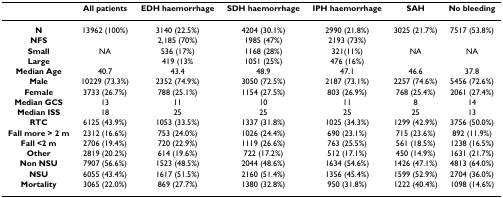
<table><thead><tr><td></td><td><b>All patients</b></td><td><b>EDH haemorrhage</b></td><td><b>SDH haemorrhage</b></td><td><b>IPH haemorrhage</b></td><td><b>SAH</b></td><td><b>No bleeding</b></td></tr></thead><tbody><tr><td><b>N</b></td><td>13962 (100%)</td><td>3140 (22.5%)</td><td>4204 (30.1%)</td><td>2990 (21.8%)</td><td>3025 (21.7%)</td><td>7517 (53.8%)</td></tr><tr><td><b>NFS</b></td><td></td><td>2,185 (70%)</td><td>1985 (47%)</td><td>2193 (73%)</td><td></td><td></td></tr><tr><td><b>Small</b></td><td>NA</td><td>536 (17%)</td><td>1168 (28%)</td><td>321(11%)</td><td>NA</td><td>NA</td></tr><tr><td><b>Large</b></td><td></td><td>419 (13%</td><td>1051 (25%)</td><td>476 (16%)</td><td></td><td></td></tr><tr><td><b>Median Age</b></td><td>40.7</td><td>43.4</td><td>48.9</td><td>47.1</td><td>46.6</td><td>37.8</td></tr><tr><td><b>Male</b></td><td>10229 (73.3%)</td><td>2352 (74.9%)</td><td>3050 (72.5%)</td><td>2187 (73.1%)</td><td>2257 (74.6%)</td><td>5456 (72.6%)</td></tr><tr><td><b>Female</b></td><td>3733 (26.7%)</td><td>788 (25.1%)</td><td>1154 (27.5%)</td><td>803 (26.9%)</td><td>768 (25.4%)</td><td>2061 (27.4%)</td></tr><tr><td><b>Median GCS</b></td><td>13</td><td>11</td><td>10</td><td>11</td><td>8</td><td>14</td></tr><tr><td><b>Median ISS</b></td><td>18</td><td>25</td><td>25</td><td>25</td><td>25</td><td>13</td></tr><tr><td><b>RTC</b></td><td>6125 (43.9%)</td><td>1053 (33.5%)</td><td>1337 (31.8%)</td><td>1025 (34.3%)</td><td>1299 (42.9%)</td><td>3756 (50.0%)</td></tr><tr><td><b>Fall more &gt; 2 m</b></td><td>2312 (16.6%)</td><td>753 (24.0%)</td><td>1026 (24.4%)</td><td>690 (23.1%)</td><td>715 (23.6%)</td><td>892 (11.9%)</td></tr><tr><td><b>Fall &lt;2 m</b></td><td>2706 (19.4%)</td><td>720 (22.9%)</td><td>1119 (26.6%)</td><td>763 (25.5%)</td><td>561 (18.5%)</td><td>1238 (16.5%)</td></tr><tr><td><b>Other</b></td><td>2819 (20.2%)</td><td>614 (19.6%)</td><td>722 (17.2%)</td><td>512 (17.1%)</td><td>450 (14.9%)</td><td>1631 (21.7%)</td></tr><tr><td><b>Non NSU</b></td><td>7907 (56.6%)</td><td>1523 (48.5%)</td><td>2044 (48.6%)</td><td>1634 (54.6%)</td><td>1426 (47.1%)</td><td>4813 (64.0%)</td></tr><tr><td><b>NSU</b></td><td>6055 (43.4%)</td><td>1617 (51.5%)</td><td>2160 (51.4%)</td><td>1356 (45.4%)</td><td>1599 (52.9%)</td><td>2704 (36.0%)</td></tr><tr><td><b>Mortality</b></td><td>3065 (22.0%)</td><td>869 (27.7%)</td><td>1380 (32.8%)</td><td>950 (31.8%)</td><td>1222 (40.4%)</td><td>1098 (14.6%)</td></tr></tbody></table>